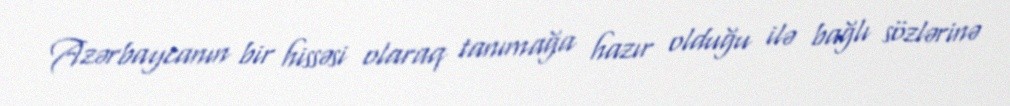
Azərbaycanın bir hissəsi olaraq tanımağa hazır olduğu ilə bağlı sözlərinə